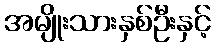
အမျိုးသားနှစ်ဦးနှင့်